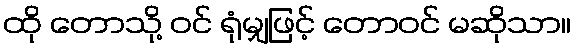
ထို တောသို့ ဝင် ရုံမျှဖြင့် တောဝင် မဆိုသာ။